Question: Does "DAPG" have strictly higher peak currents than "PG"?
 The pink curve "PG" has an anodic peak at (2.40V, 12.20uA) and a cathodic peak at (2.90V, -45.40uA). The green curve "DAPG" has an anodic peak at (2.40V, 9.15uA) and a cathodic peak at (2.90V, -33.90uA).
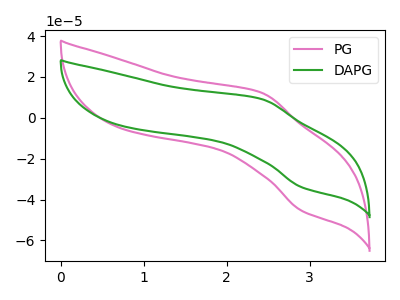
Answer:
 <answer>Every peak in "DAPG" is lower than every peak in "PG".</answer>
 <eval>lower</eval>